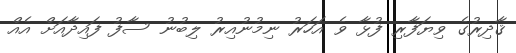
ޤާދިރުގެ ވިޔަފާރި ފުޅާ ވެ އަހަރު ނިމުނުއިރު ލިބުނު ސާފު ފައިދާއަށް އެއް